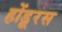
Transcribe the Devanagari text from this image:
होंडूरस